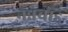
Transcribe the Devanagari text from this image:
नन्नेचोड